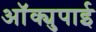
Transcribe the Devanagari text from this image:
ऑक्युपाई